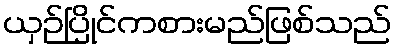
ယှဉ်ပြိုင်ကစားမည်ဖြစ်သည်